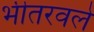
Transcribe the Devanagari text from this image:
भीतरवले